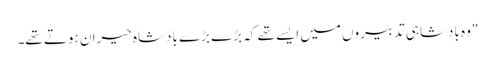
"وہ بادشاہی تدبیروں میں ایسے تھے کہ بڑے بڑے بادشاہ حیران ہوتے تھے۔